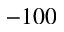
- 1 0 0